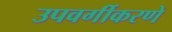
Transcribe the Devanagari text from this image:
उपवर्गीकरणे